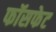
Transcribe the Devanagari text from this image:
फॉसफेट